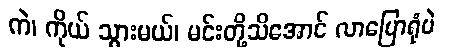
ကဲ၊ ကိုယ် သွားမယ်၊ မင်းတို့သိအောင် လာပြောရုံပဲ